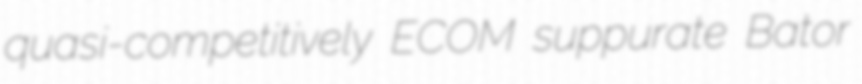
quasi-competitively ECOM suppurate Bator